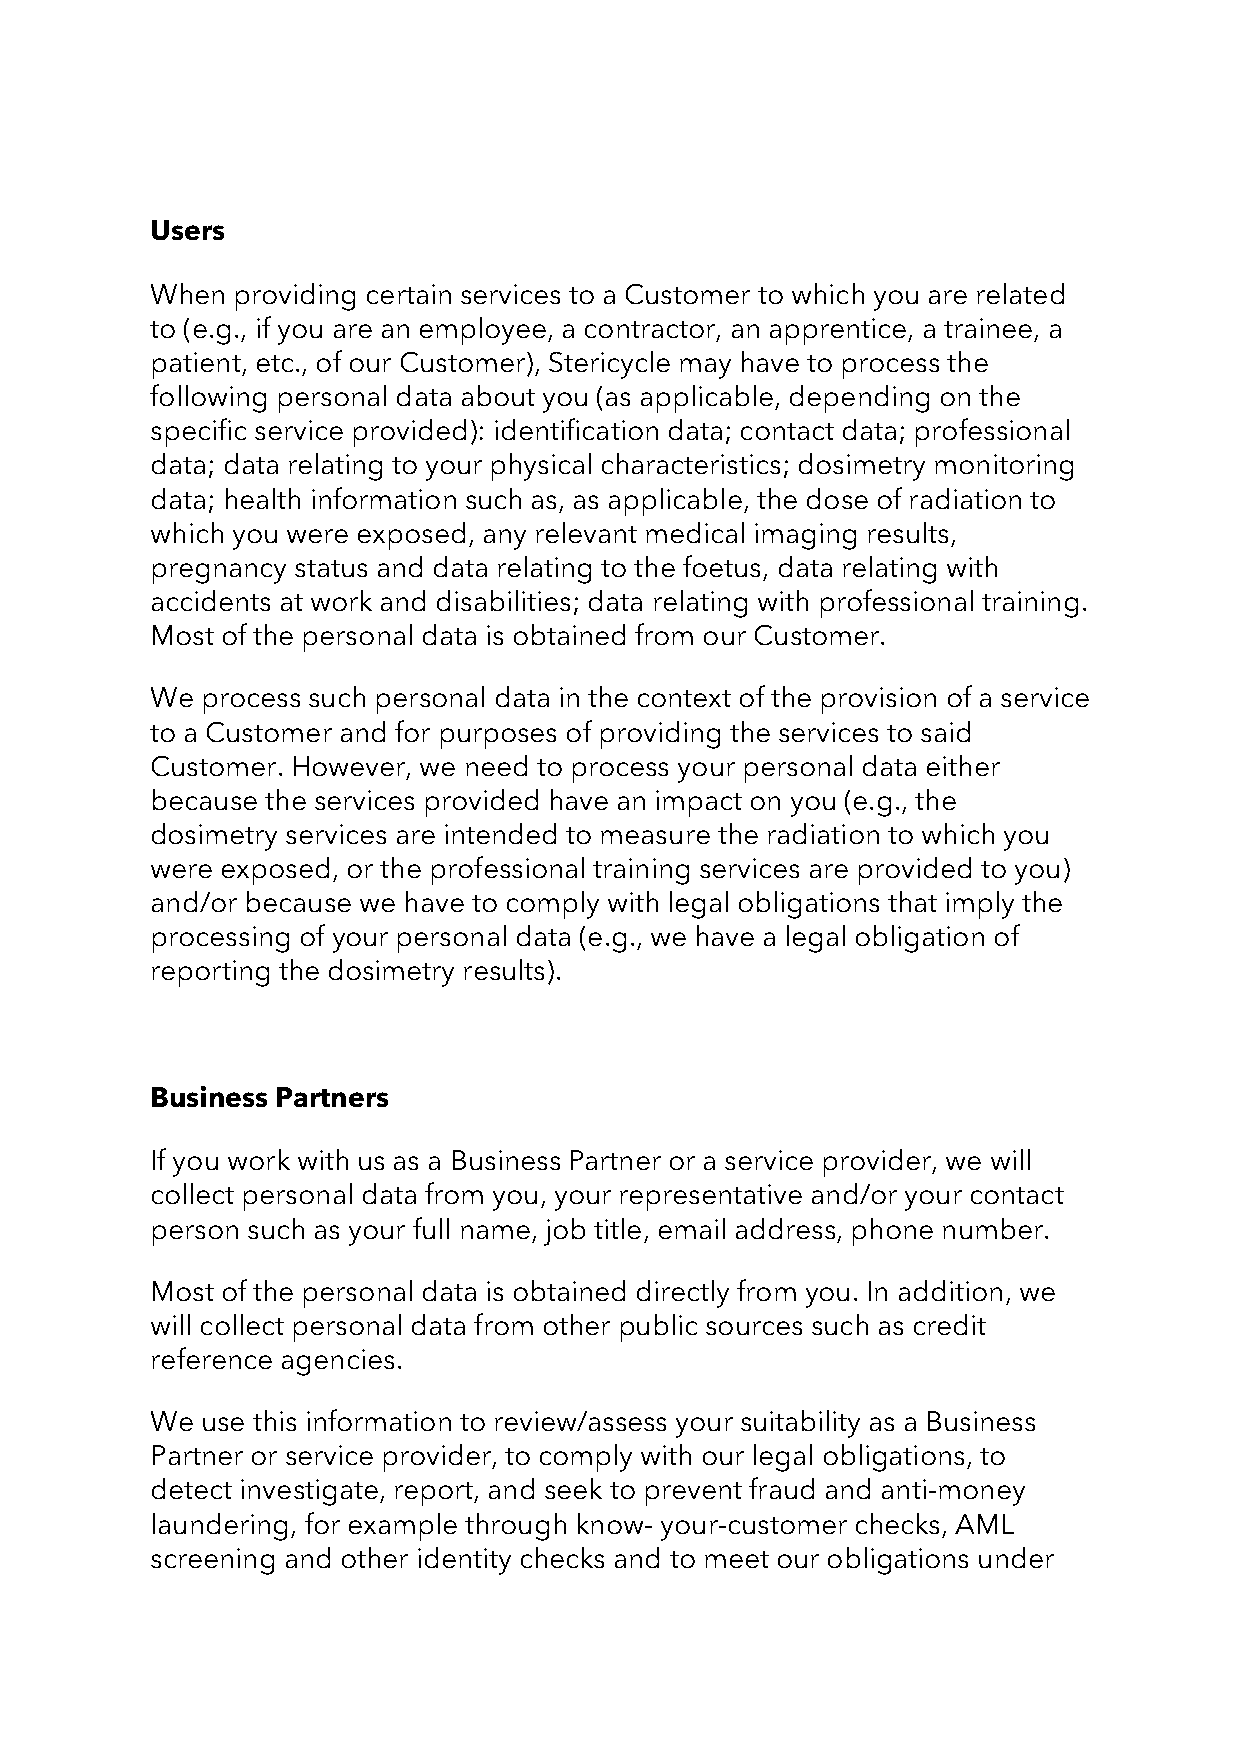
Users
 When providing certain services to a Customer to which you are related
 to (e.g., if you are an employee, a contractor, an apprentice, a trainee, a
 patient, etc., of our Customer), Stericycle may have to process the
 following personal data about you (as applicable, depending on the
 specific service provided): identification data; contact data; professional
 data; data relating to your physical characteristics; dosimetry monitoring
 data; health information such as, as applicable, the dose of radiation to
 which you were exposed, any relevant medical imaging results,
 pregnancy status and data relating to the foetus, data relating with
 accidents at work and disabilities; data relating with professional training.
 Most of the personal data is obtained from our Customer.
 We process such personal data in the context of the provision of a service
 to a Customer and for purposes of providing the services to said
 Customer. However, we need to process your personal data either
 because the services provided have an impact on you (e.g., the
 dosimetry services are intended to measure the radiation to which you
 were exposed, or the professional training services are provided to you)
 and/or because we have to comply with legal obligations that imply the
 processing of your personal data (e.g., we have a legal obligation of
 reporting the dosimetry results).
 Business Partners
 If you work with us as a Business Partner or a service provider, we will
 collect personal data from you, your representative and/or your contact
 person such as your full name, job title, email address, phone number.
 Most of the personal data is obtained directly from you. In addition, we
 will collect personal data from other public sources such as credit
 reference agencies.
 We use this information to review/assess your suitability as a Business
 Partner or service provider, to comply with our legal obligations, to
 detect investigate, report, and seek to prevent fraud and anti-money
 laundering, for example through know- your-customer checks, AML
 screening and other identity checks and to meet our obligations under